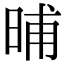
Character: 晡